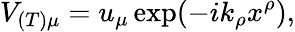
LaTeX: V_{(T)\mu}=u_{\mu}\exp(-ik_{\rho}x^{\rho}),